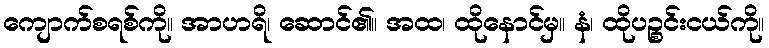
ကျောက်စရစ်ကို။ အာဟရိ၊ ဆောင်၏။ အထ၊ ထိုနောင်မှ။ နံ၊ ထိုပဉ္စင်းငယ်ကို။